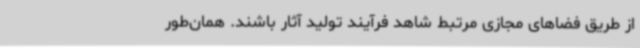
از طریق فضاهای مجازی مرتبط شاهد فرآیند تولید آثار باشند. همان‌طور